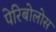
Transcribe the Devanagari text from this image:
पेरिबोलोस